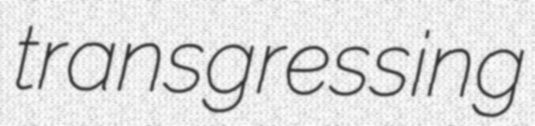
transgressing